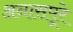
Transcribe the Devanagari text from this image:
अनासपूरे